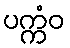
ပက္ကံဝ